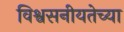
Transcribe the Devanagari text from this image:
विश्वसनीयतेच्या